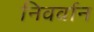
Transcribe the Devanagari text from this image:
निवर्वान